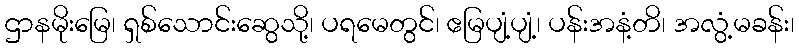
ဌာနမိုးမြေ၊ ရှစ်သောင်းဆွေသို့၊ ပရမေတွင်၊ ဧမြပျံ့ပျံ့၊ ပန်းအနံ့တိ၊ အလွံ့မခန်း၊